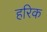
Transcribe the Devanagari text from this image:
हरिक